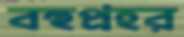
বহুপ্রহর